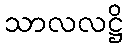
သာလလဋ္ဌိ